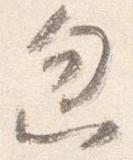
忽